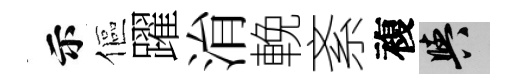
示傴躍㳙輓紊複阳